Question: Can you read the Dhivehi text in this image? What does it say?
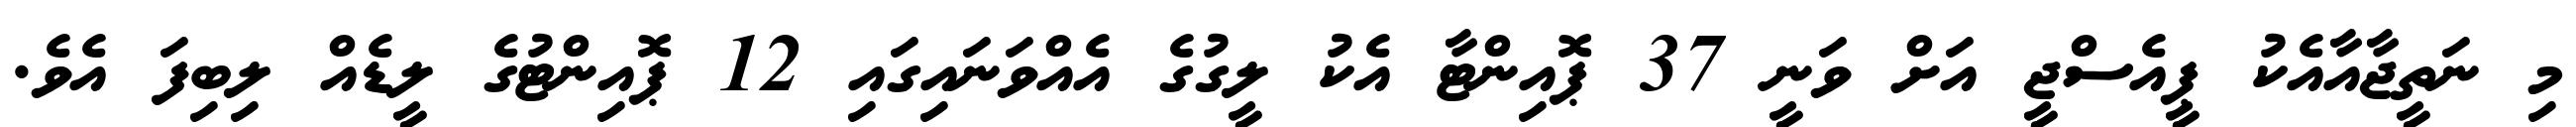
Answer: މި ނަތީޖާއާއެކު ޕީއެސްޖީ އަށް ވަނީ 37 ޕޮއިންޓާ އެކު ލީގުގެ އެއްވަނައިގައި 12 ޕޮއިންޓުގެ ލީޑެއް ލިބިފަ އެވެ.